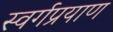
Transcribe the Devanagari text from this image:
स्वर्गप्रयाण